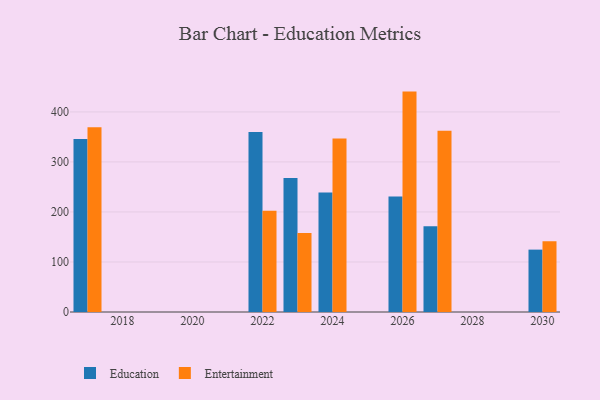
{"axis": {"x": "Year", "y": "Temperature (°C)"}, "legend": ["Education", "Entertainment"], "data": [{"x": "2026", "y": 230.7, "type": "Education"}, {"x": "2026", "y": 440.6, "type": "Entertainment"}, {"x": "2027", "y": 171.6, "type": "Education"}, {"x": "2027", "y": 362.3, "type": "Entertainment"}, {"x": "2024", "y": 239.0, "type": "Education"}, {"x": "2024", "y": 346.7, "type": "Entertainment"}, {"x": "2017", "y": 345.6, "type": "Education"}, {"x": "2017", "y": 369.4, "type": "Entertainment"}, {"x": "2023", "y": 267.7, "type": "Education"}, {"x": "2023", "y": 157.8, "type": "Entertainment"}, {"x": "2022", "y": 359.7, "type": "Education"}, {"x": "2022", "y": 202.4, "type": "Entertainment"}, {"x": "2030", "y": 124.7, "type": "Education"}, {"x": "2030", "y": 141.6, "type": "Entertainment"}]}